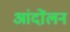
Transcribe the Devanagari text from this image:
आंदोंलन